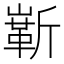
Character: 𪩗